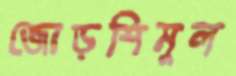
জোড়শিমুল